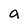
Character: a